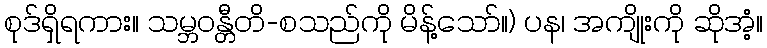
စုဒ်ရှိရကား။ သမ္ဘဝန္တီတိ-စသည်ကို မိန့်သော်။) ပန၊ အကျိုးကို ဆိုအံ့။